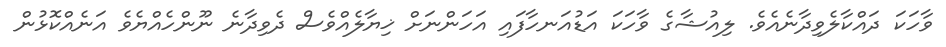
ވާހަކަ ދައްކާލެވިދާނެއެވެ. ލިއުޝާގެ ވާހަކަ އަޑުއަނހާފައި އަހަންނަށް ޚިޔާލެއްވެސް ދެވިދާނެ ނޫންހެއްޔެވެ އަނެއްކޮޅުން